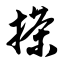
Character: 搽